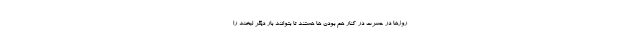
روزها در حسرت در کنار هم بودن ها هستند تا بتوانند بار دیگر لبخند را